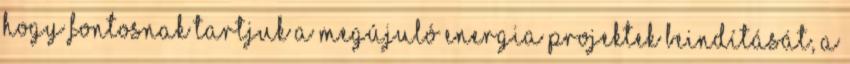
hogy fontosnak tartjuk a megújuló energia projektek beindítását, a